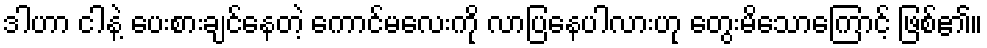
ဒါဟာ ငါနဲ့ ပေးစားချင်နေတဲ့ ကောင်မလေးကို လာပြနေပါလားဟု တွေးမိသောကြောင့် ဖြစ်၏။